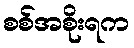
စစ်အစိုးရက